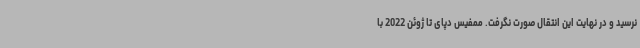
نرسید و در نهایت این انتقال صورت نگرفت. ممفیس دپای تا ژوئن 2022 با